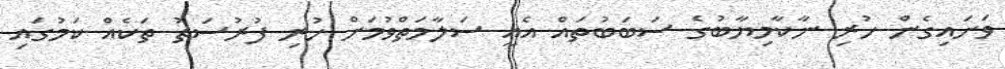
ވަށައިގެން ހުރި ނާކާމިޔާބުގެ ސަބަބުތައް އެއީ ސަލާމަތްވުމަށް ހުރި ފުރުސަތު ތަކެއް ކަމުގައި